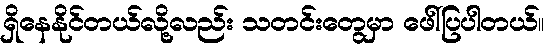
ရှိနေနိုင်တယ်လို့လည်း သတင်းတွေမှာ ဖေါ်ပြပါတယ်။